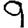
Digit: 9